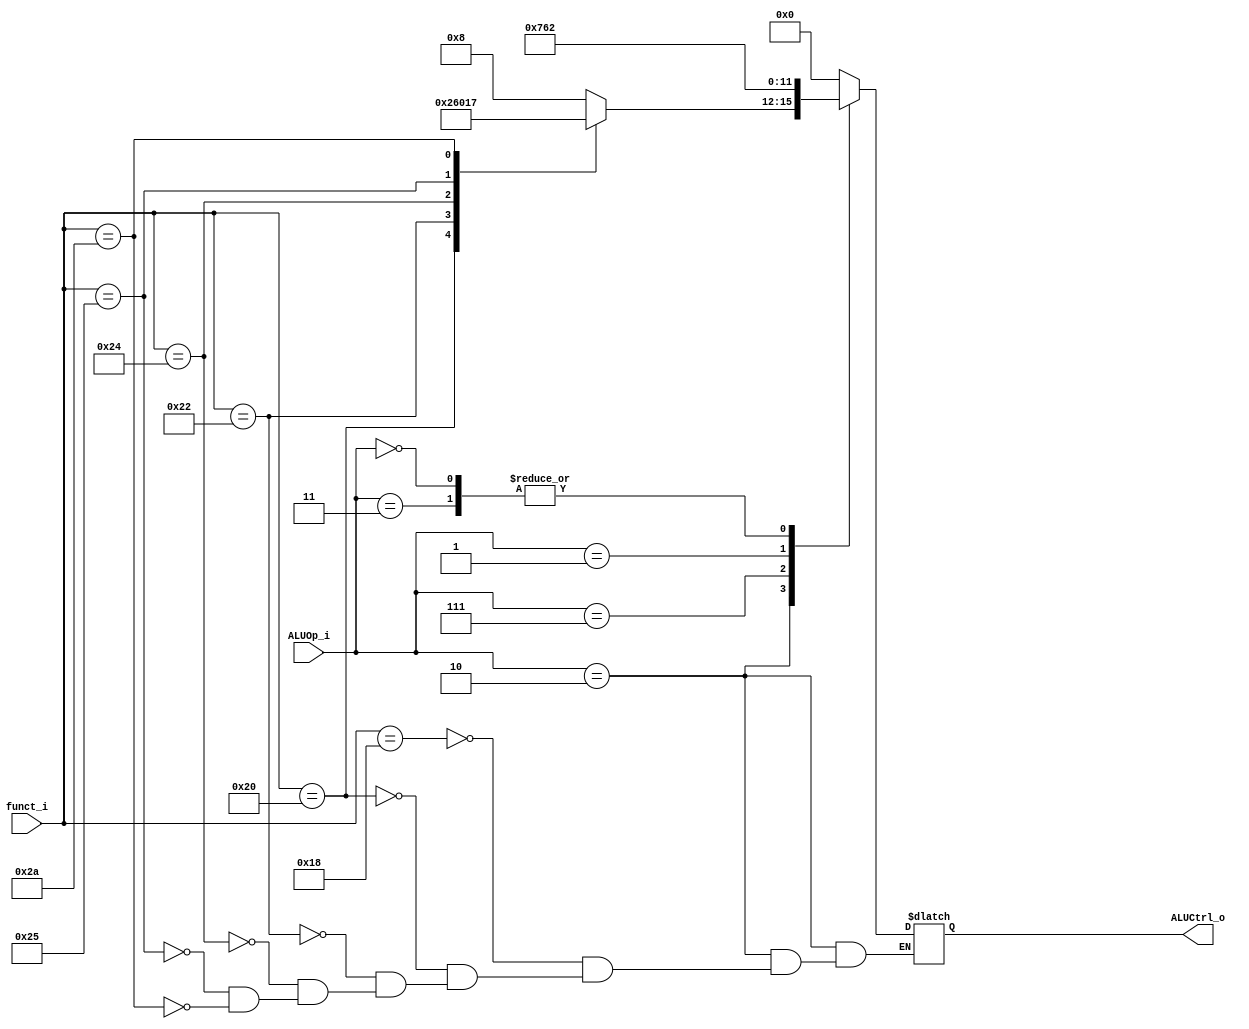
// 0716018
//Subject:     CO project 2 - ALU Controller
//--------------------------------------------------------------------------------
//Version:     1
//--------------------------------------------------------------------------------
//Writer:      
//----------------------------------------------
//Date:        
//----------------------------------------------
//Description: 
//--------------------------------------------------------------------------------

module ALU_Ctrl(
          funct_i,
          ALUOp_i,
          ALUCtrl_o
          );
          
//I/O ports 
input      [6-1:0] funct_i;
input      [3-1:0] ALUOp_i;

output     [4-1:0] ALUCtrl_o;    
     
//Internal Signals
reg        [4-1:0] ALUCtrl_o;

always@(*)
begin
    case(ALUOp_i) 
        3'b010: // R format
        begin
            case (funct_i)
                24: ALUCtrl_o = 8;   // mult
                32: ALUCtrl_o = 2;
                34: ALUCtrl_o = 6;
                36: ALUCtrl_o = 0;
                37: ALUCtrl_o = 1;
                42: ALUCtrl_o = 7;
            endcase
        end
        3'b011: // addi
            ALUCtrl_o = 2;
        3'b111: // slti
            ALUCtrl_o = 7;
        3'b001: // beq
            ALUCtrl_o = 6;
        3'b000: // lw sw
            ALUCtrl_o = 2;
        default:
            ALUCtrl_o = 0;
    endcase
end


endmodule